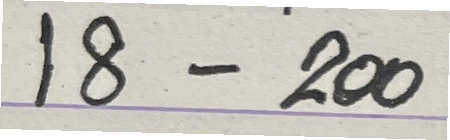
18 - 200